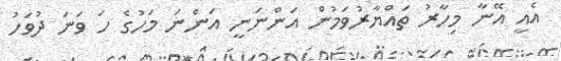
އެއީ އޭނާ މިހާރު ތައްޔާރުވަމުން އަންނަނީ އަންނަ މަހުގެ ހަ ވަނަ ދުވަހު